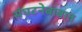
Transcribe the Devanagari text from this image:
संघटनेबाबात